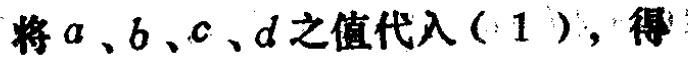
将 \(a\)、\(b\)、\(c\)、\(d\) 之值代入 (\(1\))，得